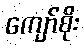
ကျော်စိုး